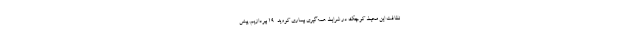
نظافت این محیط کوچک در شرایط همه‌گیری بیماری کووید-۱۹ بپردازیم. پیش